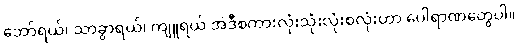
ဘော်ရယ်၊ သာခွာရယ်၊ ကျူရယ် အဲဒီစကားလုံးသုံးလုံးစလုံးဟာ ပေါရာဏတွေပါ။